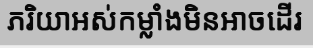
ភរិយាអស់កម្លាំងមិនអាចដើរ